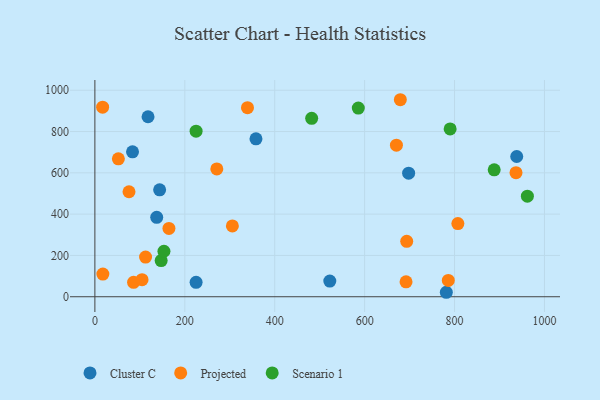
{"axis": {"x": "Study Hours", "y": "Salary"}, "legend": ["Cluster C", "Projected", "Scenario 1"], "data": [{"x": "83.7", "y": 701.6, "type": "Cluster C"}, {"x": "225.1", "y": 69.8, "type": "Cluster C"}, {"x": "137.5", "y": 384.8, "type": "Cluster C"}, {"x": "781.7", "y": 21.6, "type": "Cluster C"}, {"x": "697.9", "y": 598.6, "type": "Cluster C"}, {"x": "118.2", "y": 871.7, "type": "Cluster C"}, {"x": "938.3", "y": 679.2, "type": "Cluster C"}, {"x": "522.5", "y": 75.7, "type": "Cluster C"}, {"x": "144.0", "y": 517.9, "type": "Cluster C"}, {"x": "358.3", "y": 764.8, "type": "Cluster C"}, {"x": "670.7", "y": 733.9, "type": "Projected"}, {"x": "75.9", "y": 508.4, "type": "Projected"}, {"x": "693.6", "y": 268.2, "type": "Projected"}, {"x": "692.1", "y": 72.1, "type": "Projected"}, {"x": "305.8", "y": 342.8, "type": "Projected"}, {"x": "936.7", "y": 600.6, "type": "Projected"}, {"x": "164.7", "y": 330.8, "type": "Projected"}, {"x": "52.2", "y": 668.0, "type": "Projected"}, {"x": "86.0", "y": 69.9, "type": "Projected"}, {"x": "112.7", "y": 192.0, "type": "Projected"}, {"x": "17.2", "y": 917.9, "type": "Projected"}, {"x": "339.4", "y": 915.5, "type": "Projected"}, {"x": "807.4", "y": 354.2, "type": "Projected"}, {"x": "17.7", "y": 109.7, "type": "Projected"}, {"x": "271.2", "y": 618.9, "type": "Projected"}, {"x": "786.1", "y": 78.9, "type": "Projected"}, {"x": "679.4", "y": 954.1, "type": "Projected"}, {"x": "104.9", "y": 82.5, "type": "Projected"}, {"x": "888.2", "y": 614.5, "type": "Scenario 1"}, {"x": "790.2", "y": 812.8, "type": "Scenario 1"}, {"x": "962.0", "y": 487.2, "type": "Scenario 1"}, {"x": "147.4", "y": 174.9, "type": "Scenario 1"}, {"x": "225.1", "y": 801.6, "type": "Scenario 1"}, {"x": "153.6", "y": 220.2, "type": "Scenario 1"}, {"x": "585.9", "y": 913.9, "type": "Scenario 1"}, {"x": "482.2", "y": 864.1, "type": "Scenario 1"}]}